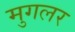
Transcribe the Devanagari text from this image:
मुगलर